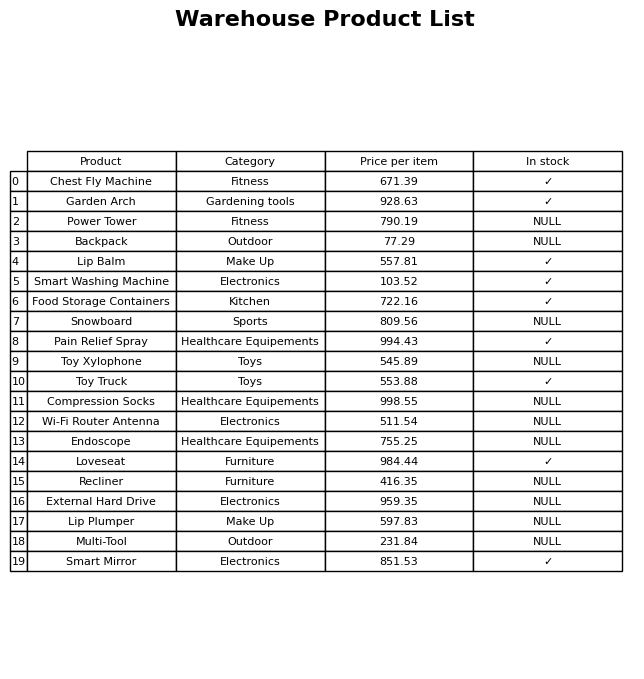
question: What is the price for External Hard Drive?
answer: The price of External Hard Drive is 959.35.